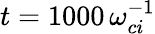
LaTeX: t=1000\, \omega_{ci}^{-1}